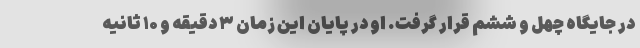
در جایگاه چهل و ششم قرار گرفت. او در پایان این زمان ۳ دقیقه و ۱۰ ثانیه